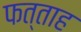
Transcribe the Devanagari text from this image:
फत्ताह